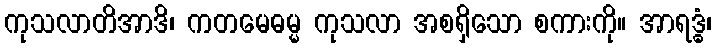
ကုသလာတိအာဒိ၊ ကတမေဓမ္မ ကုသလာ အစရှိသော စကားကို။ အာရဒ္ဓံ၊